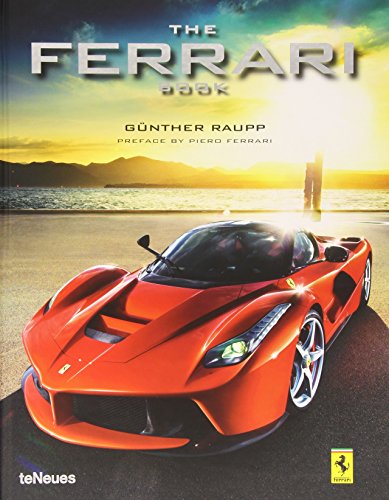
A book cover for The Ferrari Book; Engineering & Transportation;